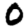
Digit: 0